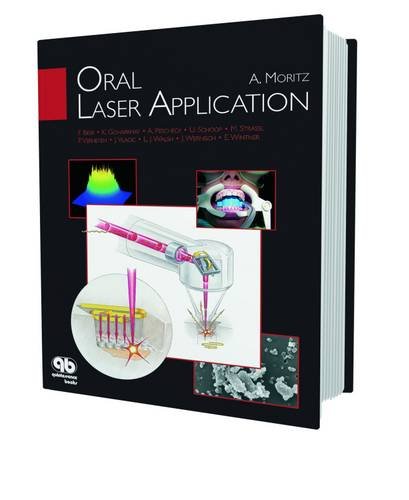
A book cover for Oral Laser Application; A. F. Moritz; Medical Books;